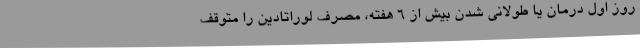
روز اول درمان یا طولانی شدن بیش از 6 هفته، مصرف لوراتادین را متوقف